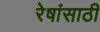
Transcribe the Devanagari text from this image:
रेषांसाठी